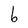
Character: b